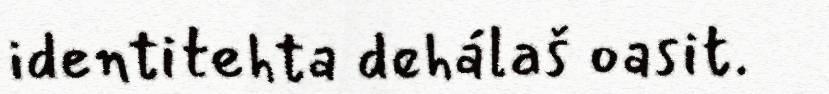
identitehta dehálaš oasit.